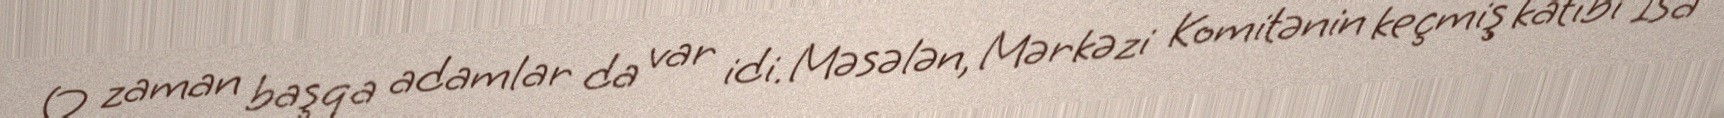
O zaman başqa adamlar da var idi. Məsələn, Mərkəzi Komitənin keçmiş katibi İsa